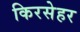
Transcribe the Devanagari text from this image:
किरसेहर